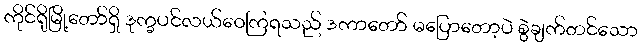
ကိုင်ရိုမြို့တော်ရှိ ဒုက္ခပင်လယ်ဝေကြရသည် ဒကာတော် မပြောတော့ပဲ စွဲချက်တင်သော